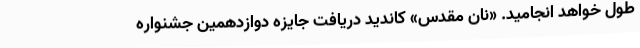
طول خواهد انجامید. «نان مقدس» کاندید دریافت جایزه دوازدهمين جشنواره